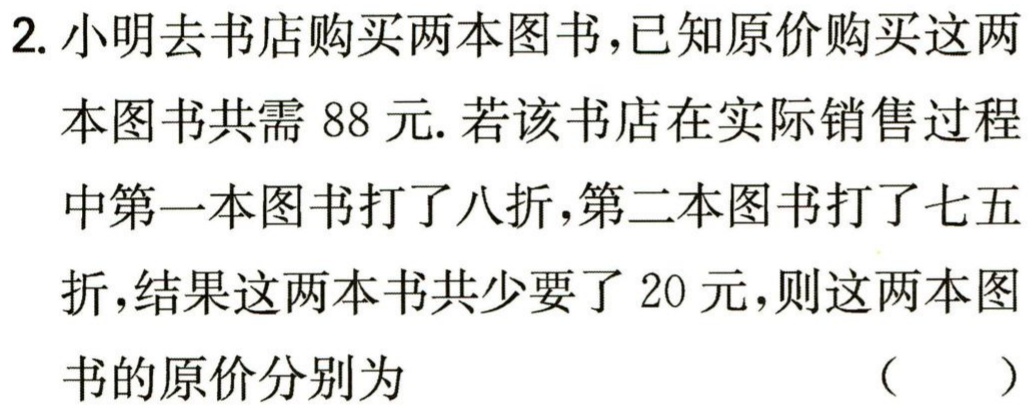
2. 小明去书店购买两本图书,已知原价购买这两
本图书共需 88 元. 若该书店在实际销售过程
中第一本图书打了八折,第二本图书打了七五
折,结果这两本书共少要了 20 元,则这两本图
书的原价分别为 （  ）